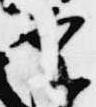
案